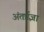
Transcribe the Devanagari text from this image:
अंतर्प्रज्ञा